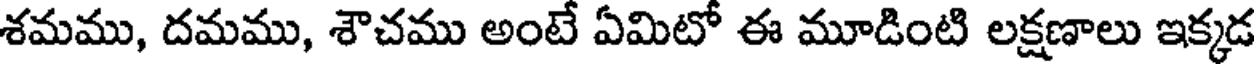
శమము, దమము, శౌచము అంటే ఏమిటో ఈ మూడింటి లక్షణాలు ఇక్కడ